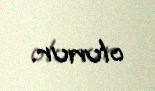
olunur.